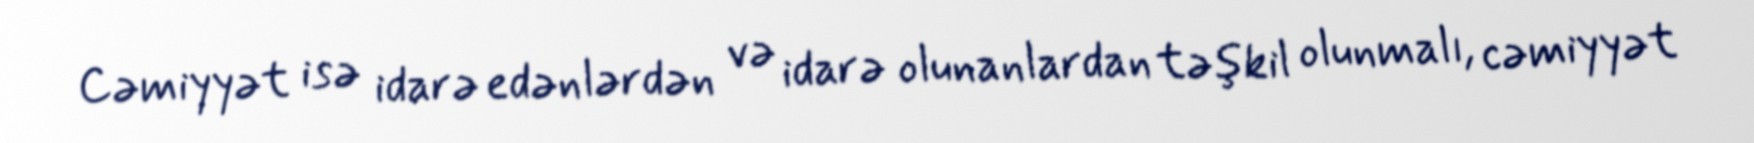
Cəmiyyət isə idarə edənlərdən və idarə olunanlardan təşkil olunmalı, cəmiyyət